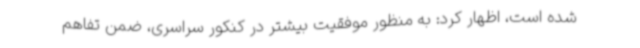
شده است، اظهار کرد: به منظور موفقیت بیشتر در کنکور سراسری، ضمن تفاهم